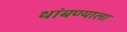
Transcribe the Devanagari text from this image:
थांबण्याला